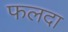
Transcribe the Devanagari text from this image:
फलदा